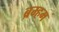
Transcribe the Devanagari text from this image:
ब्रम्हम